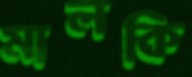
মালকি